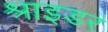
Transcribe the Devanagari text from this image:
श्राइडर